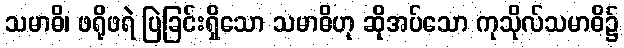
သမာဓိ၊ ဖရိုဖရဲ ပြဲခြင်းရှိသော သမာဓိဟု ဆိုအပ်သော ကုသိုလ်သမာဓိ၌